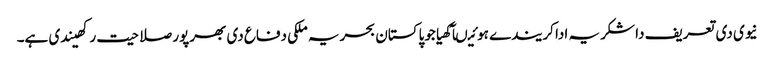
نیوی دی تعریف دا شکریہ ادا کریندے ہوئیںآکھیا جوپاکستان بحریہ ملکی دفاع دی بھرپور صلاحیت رکھیندی ہے۔